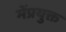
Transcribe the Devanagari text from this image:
मेंप्रयुक्त